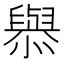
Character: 𢣟